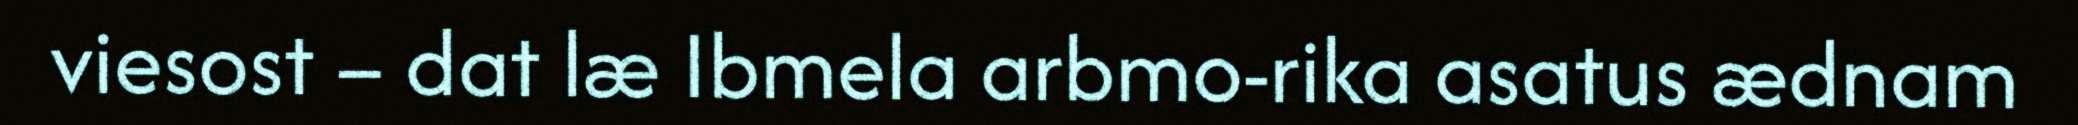
viesost – dat læ Ibmela arbmo-rika asatus ædnam